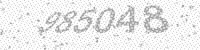
Solution: 985048